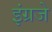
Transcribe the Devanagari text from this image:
इंग्रजे